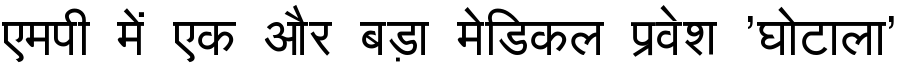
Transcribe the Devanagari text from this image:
एमपी में एक और बड़ा मेडिकल प्रवेश 'घोटाला'